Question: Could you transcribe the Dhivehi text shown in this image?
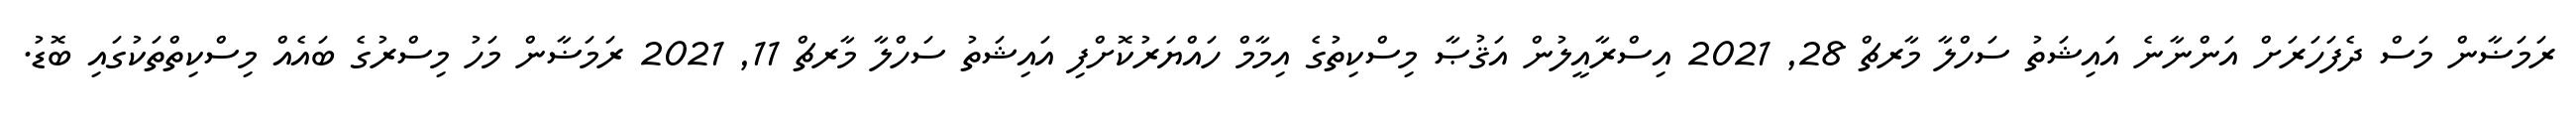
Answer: ރަމަޟާން މަސް ދެފަހަރަށް އަންނާނެ އައިޝަތު ސަހްލާ މާރޗް 28, 2021 އިސްރާއީލުން އަޤުޞާ މިސްކިތުގެ އިމާމް ހައްޔަރުކޮށްފި އައިޝަތު ސަހްލާ މާރޗް 11, 2021 ރަމަޟާން މަހު މިސްރުގެ ބައެއް މިސްކިތްތަކުގައި ބޮޑު.